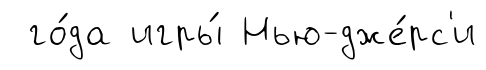
го́да игры́ Нью-дже́рс'и